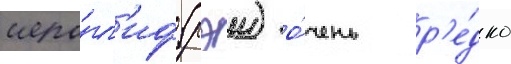
иеро́гл'иф (рэи) о́чень р'е́дко